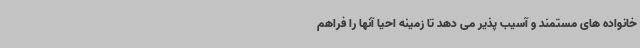
خانواده های مستمند و آسیب پذیر می دهد تا زمینه احیا آنها را فراهم